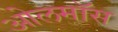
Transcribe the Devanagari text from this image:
ओलमॉस